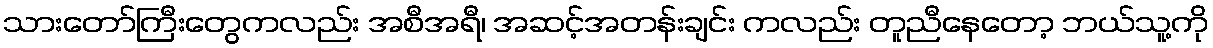
သားတော်ကြီးတွေကလည်း အစီအရီ၊ အဆင့်အတန်းချင်း ကလည်း တူညီနေတော့ ဘယ်သူ့ကို